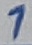
Text: 1